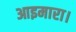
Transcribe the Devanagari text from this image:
आइमारा।